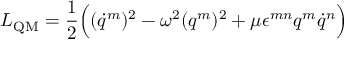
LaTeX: L _ { \mathrm { Q M } } = \frac 1 2 \Bigl ( ( \dot { q } ^ { m } ) ^ { 2 } - \omega ^ { 2 } ( q ^ { m } ) ^ { 2 } + \mu \epsilon ^ { m n } q ^ { m } \dot { q } ^ { n } \Bigr )